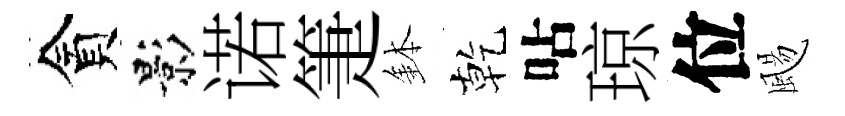
貪影诺箑鉢乾呫琼位颺